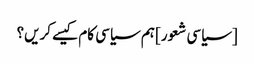
[سیاسی شعور] ہم سیاسی کام کیسے کریں؟